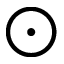
\bigodot